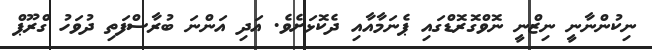
ނިކުންނާނީ ނިޒްނީ ނޮވްގޮރޮޑްގައި ޕެނަމާއާއި ދެކޮޅަށެވެ. އަދި އަންނަ ބުރާސްފަތި ދުވަހު ގްރޫޕް